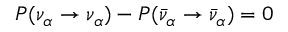
P ( \nu _ { \alpha } \rightarrow \nu _ { \alpha } ) - P ( \bar { \nu } _ { \alpha } \rightarrow \bar { \nu } _ { \alpha } ) = 0